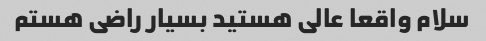
سلام واقعا عالی هستید بسیار راضی هستم